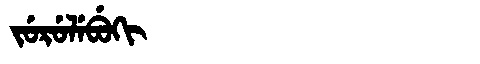
Manchu: ᠵᡠᡵᡠᠯᡝᠪᡠᡴᡳ
Romanization: JURULEBUKI